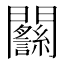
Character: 𨷴